Medical and sanitary report of the native army of Madras for the year
Year: 1878
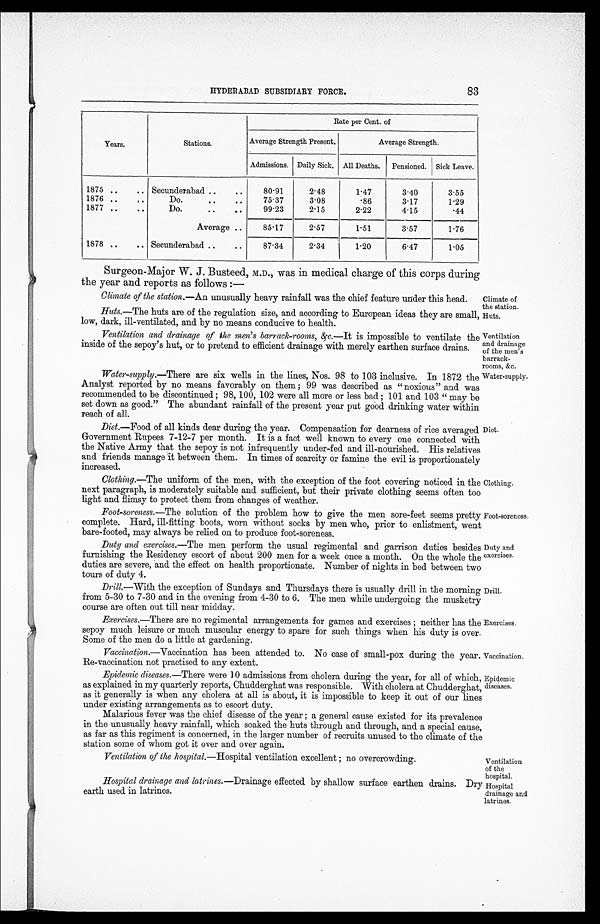
HYDERABAD SUBSIDIARY FORCE,
83
Years.
Stations.
Rate per Cent. of
Average Strength Present.
Average Strength.
Admissions. Daily Sick. All Deaths. Pensioned. Sick Leave.
1875 ..
.. Secunderabad ..
. .
80.91
2.48
1.47
3.40
3.55
1876 ..
..
Do.
..
. .
75.37
3.08
.86
3.17
1.29
1877 ..
..
Do.
..
. .
99.23
2.15
2.22
4.15
.44
Average ..
85.17
2.57
1.51
3.57
1.76
1878 ..
.. Secunderabad ..
..
87.34
2.34
1.20
6.47
1.05
Surgeon-Major W. J. Busteed, M.D., was in medical charge of this corps during
the year and reports as follows :—
Climate of the station.—An unusually heavy rainfall was the chief feature under this head.
Climate of
the station.
Huts.—The huts are of the regulation size, and according to European ideas they are small,
low, dark, ill-ventilated, and by no means conducive to health.
Ventilation and drainage of the men's barrack-rooms, &c.—It is impossible to ventilate the
inside of the sepoy's hut, or to pretend to efficient drainage with merely earthen surface drains.
Water-supply. —There are six wells in the lines, Nos. 98 to 103 inclusive. In 1872 the
Analyst reported by no means favorably on them ; 99 was described as " noxious" and was
recommended to be discontinued ; 98, 100, 102 were all more or less bad ; 101 and 103 " may be
set down as good." The abundant rainfall of the present year put good drinking water within
reach of all.
Huts.
Ventilation
and drainage
of the men's
barrack-
rooms, &c.
Water-supply.
Diet. —Food of all kinds dear during the year. Compensation for dearness of rice averaged
Government Rupees 7-12-7 per month. It is a fact well known to every one connected with
the Native Army that the sepoy is not infrequently under-fed and ill-nourished. His relatives
and friends manage 'it between them. In times of scarcity or famine the evil is proportionately
increased.
Clothing.—The uniform of the men, with the exception of the foot covering noticed in the
next paragraph, is moderately suitable and sufficient, but their private clothing seems often too
light and flimsy to protect them from changes of weather.
Foot-soreness. —The solution of the problem how to give the men sore-feet seems pretty
complete. Hard, ill-fitting boots, worn without socks by men who, prior to enlistment, went
bare-footed, may always be relied on to produce foot-soreness.
Diet.
Clothing.
Foot-soreness.
Duty and exercises .—The men perform the usual regimental and garrison duties besides
furnishing the Residency escort of about 200 men for a week once a month. On the whole the
duties are severe, and the effect on health proportionate. Number of nights in bed between two
tours of duty 4.
Drill.—With the exception of Sundays and Thursdays there is usually drill in the morning
from 5-30 to 7-30 and in the evening from 4-30 to 6. The men while undergoing the musketry
course are often out till near midday.
Duty and
exercises.
Drill.
Exercises.—There are no regimental arrangements for games and exercises ; neither has the
sepoy much leisure or much muscular energy to spare for such things when his duty is over.
Some of the men do a little at gardening.
Vaccination. —Vaccination has been attended to. No case of small-pox during the year.
Re-vaccination not practised to any extent.
Exercises.
Vaccination.
Epidemic diseases .—There were ] 0 admissions from cholera during the year, for all of which,
as explained in my quarterly reports, Chudderghat was responsible. With cholera at Chudderghat,
as it generally is when any cholera at all is about, it is impossible to keep it out of our lines
under existing arrangements as to escort duty.
Malarious fever was the chief disease of the year ; a general cause existed for its prevalence
in the unusually heavy rainfall, which soaked the huts through and through, and a special cause,
as far as this regiment is concerned, in the larger number of recruits unused to the climate of the
station some of whom got it over and over again.
Epidemic
diseases.
Ventilation of the hospital. —Hospital ventilation excellent ; no overcrowding.
Ventilation
of the
hosnital.
Hospital drainage and latrines. —Drainage effected by shallow surface earthen drains. Dry
earth used in latrines.
Hospital
drainage and
latrines.